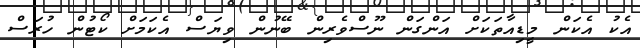
އެކު އެކަން މީޑިއާތަކަށް އަންގަން ނޫސްވެރިން ބޭނުން ވިޔަސް އެކަމަށް ކޯޓުން ހުރަސް